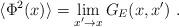
LaTeX: \begin{align*}\langle\Phi^2(x)\rangle=\lim_{x'\to x}G_E(x,x') \ .\end{align*}